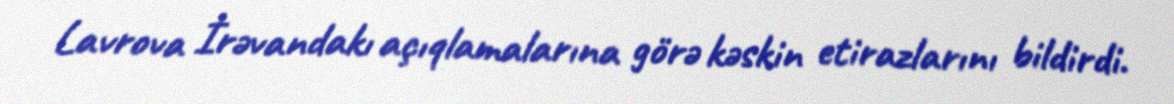
Lavrova İrəvandakı açıqlamalarına görə kəskin etirazlarını bildirdi.